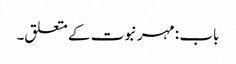
باب : مہر نبوت کے متعلق۔